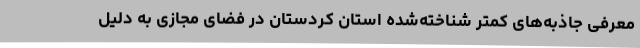
معرفی جاذبه‌های کمتر شناخته‌شده استان کردستان در فضای مجازی به دلیل